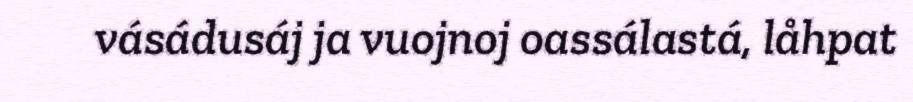
vásádusáj ja vuojnoj oassálastá, låhpat